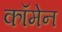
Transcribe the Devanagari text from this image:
कॉमेन